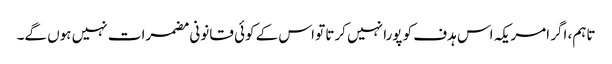
تاہم، اگر امریکہ اس ہدف کو پورا نہیں کرتا تو اس کے کوئی قانونی مضمرات نہیں ہوں گے۔